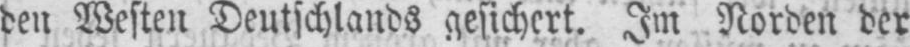
den Westen Deutschlands gesichert. Im Norden der